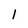
Character: l